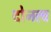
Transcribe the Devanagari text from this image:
दोनत्व